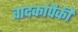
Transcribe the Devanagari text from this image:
वादकांपैकी